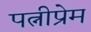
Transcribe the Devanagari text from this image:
पत्नीप्रेम